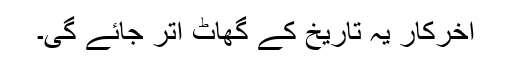
آخرکار یہ تاریخ کے گھاٹ اتر جائے گی۔